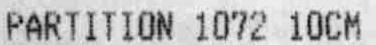
PARTITION 1072 10CM